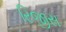
રિજીસ